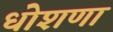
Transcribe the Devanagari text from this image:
धोशणा